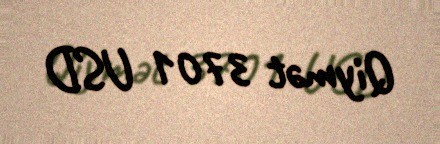
Qiymət 3701 USD